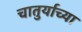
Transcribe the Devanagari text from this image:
चातुर्याच्या